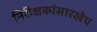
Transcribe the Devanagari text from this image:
निरीक्षकांसारखेच